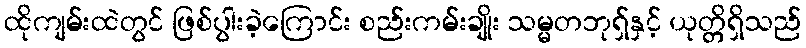
ထိုကျမ်းထဲတွင် ဖြစ်ပွါးခဲ့ကြောင်း စည်းကမ်းချိုး သမ္မတဘုရှ်နှင့် ယုတ္တိရှိသည်